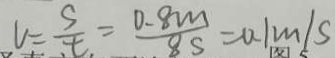
V = \frac { S } { t } = \frac { 0 . 8 m } { 8 s } = 0 . 1 m / s